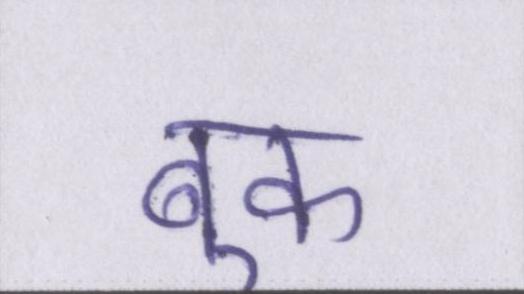
बुक